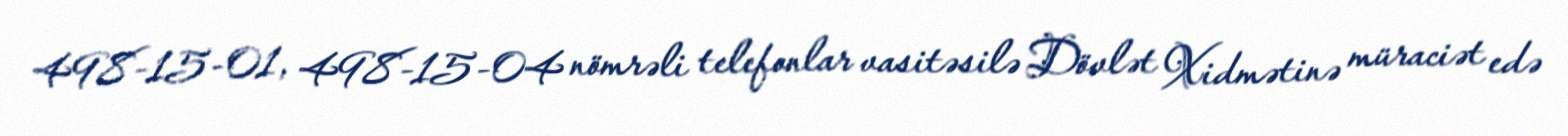
498-15-01, 498-15-04 nömrəli telefonlar vasitəsilə Dövlət Xidmətinə müraciət edə